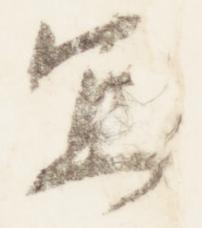
宜